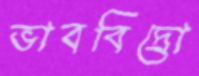
ভাববিদ্রো